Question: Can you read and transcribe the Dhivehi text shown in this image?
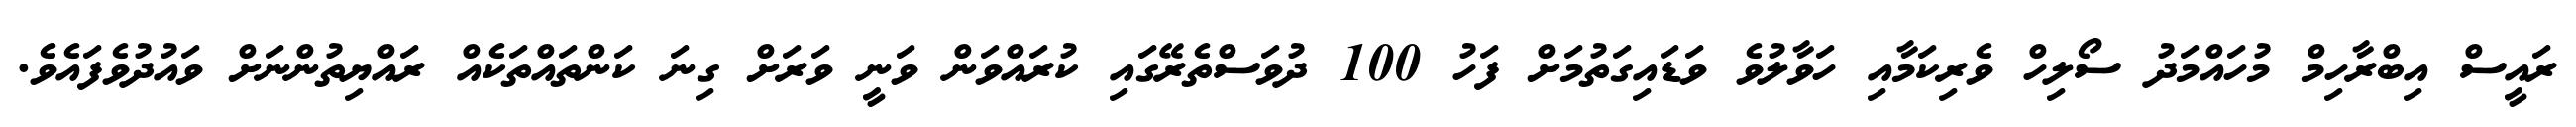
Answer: ރައީސް އިބްރާހިމް މުހައްމަދު ސޯލިހް ވެރިކަމާއި ހަވާލުވެ ވަޑައިގަތުމަށް ފަހު 100 ދުވަސްތެރޭގައި ކުރައްވަން ވަނީ ވަރަށް ގިނަ ކަންތައްތަކެއް ރައްޔިތުންނަށް ވައުދުވެފައެވެ.